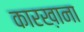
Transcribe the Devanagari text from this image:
कारख़ाना